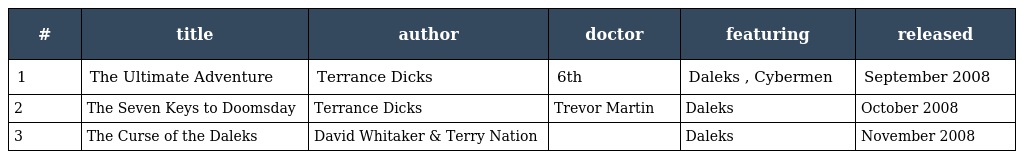
| # | title | author | doctor | featuring | released |
 | --- | --- | --- | --- | --- | --- |
 | 1 | The Ultimate Adventure | Terrance Dicks | 6th | Daleks , Cybermen | September 2008 |
 | 2 | The Seven Keys to Doomsday | Terrance Dicks | Trevor Martin | Daleks | October 2008 |
 | 3 | The Curse of the Daleks | David Whitaker & Terry Nation |  | Daleks | November 2008 |